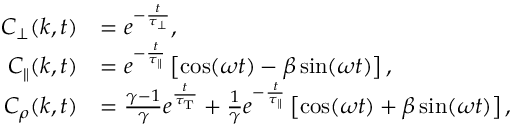
\begin{array} { r l } { C _ { \perp } ( k , t ) } & { = e ^ { - \frac { t } { \tau _ { \perp } } } , } \\ { C _ { \parallel } ( k , t ) } & { = e ^ { - \frac { t } { \tau _ { \parallel } } } \left[ \cos ( \omega t ) - \beta \sin ( \omega t ) \right] , } \\ { C _ { \rho } ( k , t ) } & { = \frac { \gamma - 1 } { \gamma } e ^ { \frac { t } { \tau _ { \mathrm { T } } } } + \frac { 1 } { \gamma } e ^ { - \frac { t } { \tau _ { \parallel } } } \left[ \cos ( \omega t ) + \beta \sin ( \omega t ) \right] , } \end{array}